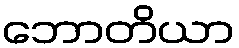
ဘောတိယာ